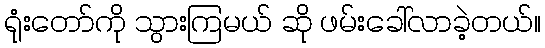
ရုံးတော်ကို သွားကြမယ် ဆို ဖမ်းခေါ်လာခဲ့တယ်။